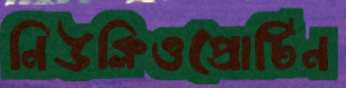
নিউক্লিওপ্রোটিন